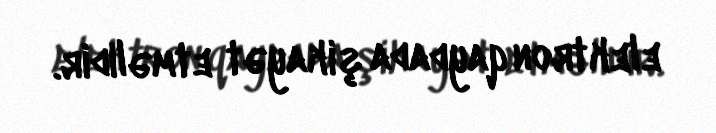
elektron qaydada şikayət etməlidir.